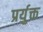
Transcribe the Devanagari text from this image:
प्रर्युक्त